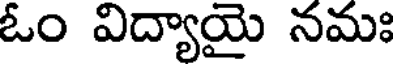
ఓం విద్యాయై నమః